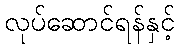
လုပ်ဆောင်ရန်နှင့်